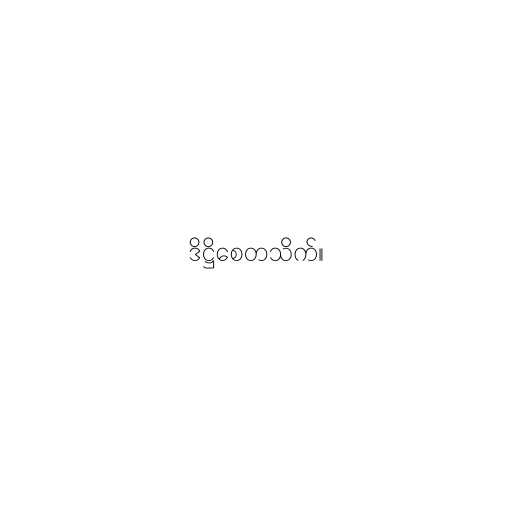
ဒိဋ္ဌိစေတသိက်။